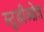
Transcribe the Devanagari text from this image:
स्टुडीओत